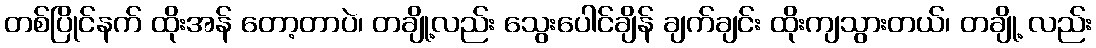
တစ်ပြိုင်နက် ထိုးအန် တော့တာပဲ၊ တချို့လည်း သွေးပေါင်ချိန် ချက်ချင်း ထိုးကျသွားတယ်၊ တချို့ လည်း